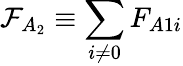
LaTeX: \mathcal{F}_{A_{2}}\equiv\sum_{i\neq 0}F_{A1i}